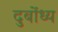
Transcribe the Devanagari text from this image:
दुबोंध्य